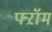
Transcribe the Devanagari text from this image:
फ्ऱॉम